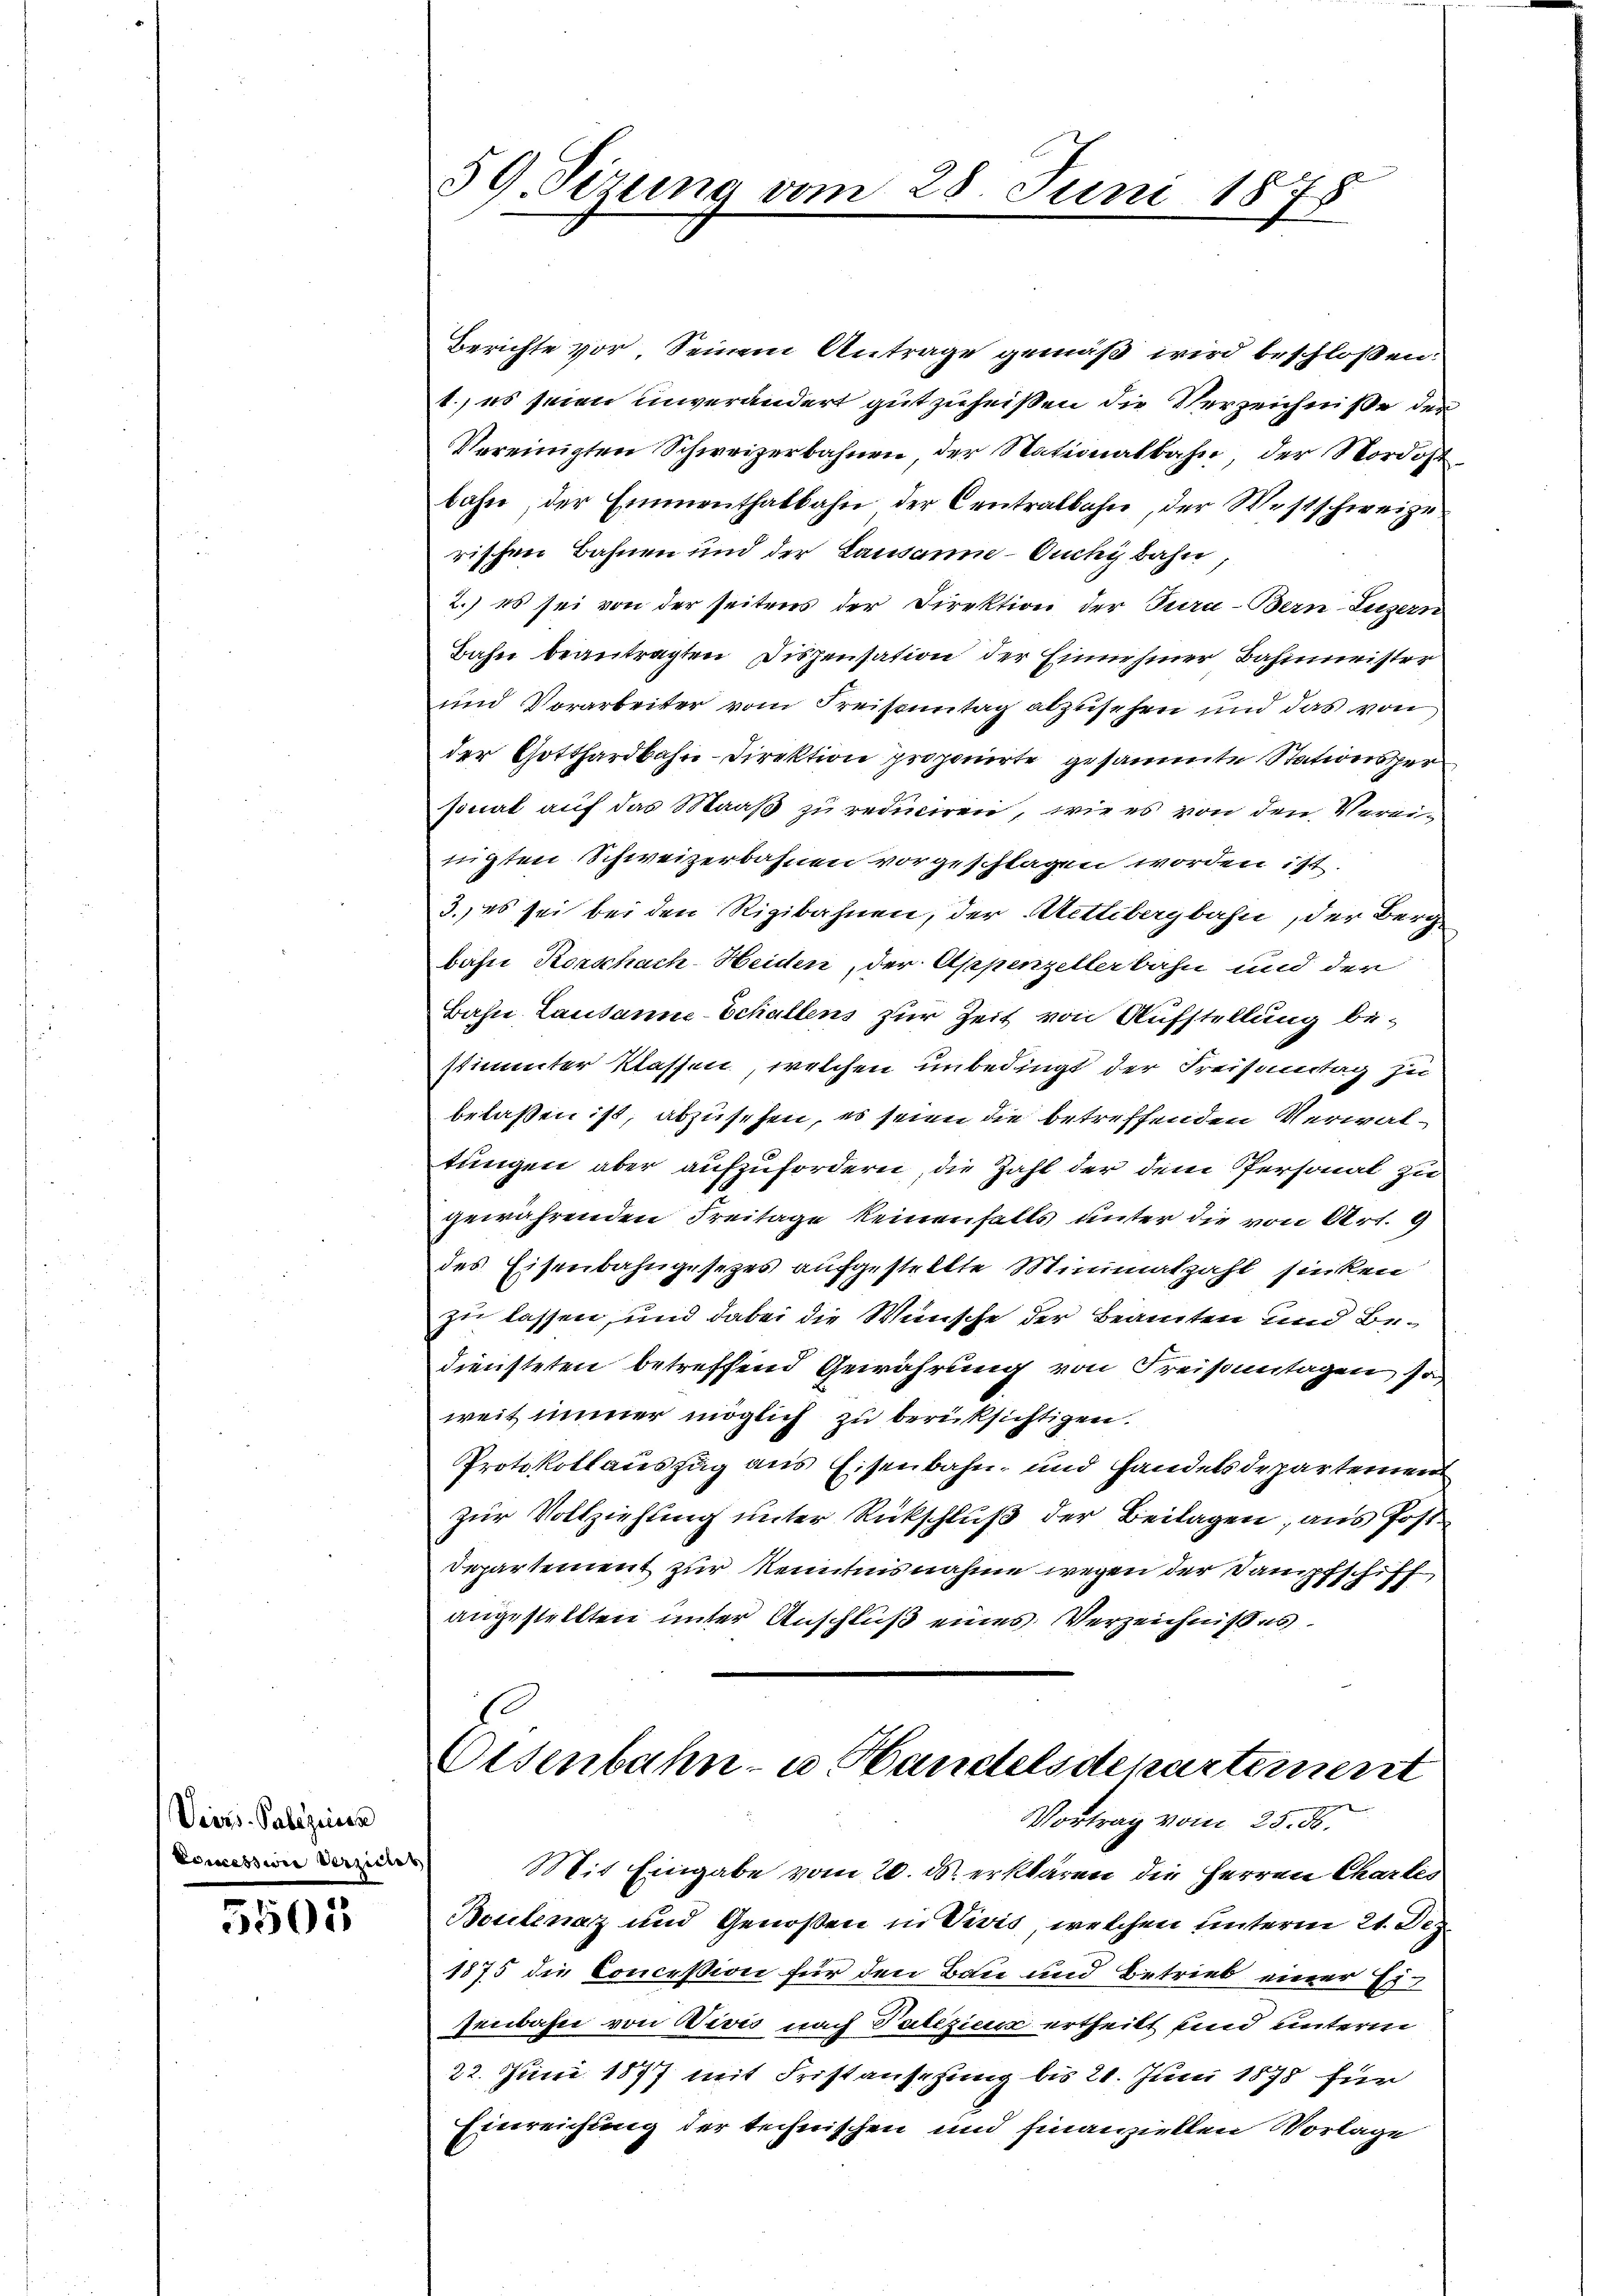
Viers-Palezisier
Concessine Verziehe

5505

Berichte vor. Seinem Antrage gemäß wird beschloßen:
1., es seien unverändert gutzuheißen die Verzeichniße der
Vereinigten Schweizerbahnen, der Nationalbahn, der Nordost
bahn, der Emmenthalbahn der Centralbahn, der Westschweize
rischen Bahnen und der Lausanne - Ouchy bahn
2.) es sei von der seitens der Direktion der Jura-Bern Luzern
Bahn beantragten Dispensation der Einnehmer Bahnmeister
und Vorarbeiter vom Kreistuntag abzusehen und das von
der Gotthardbahn-Direktion proponirte gesammte Stationsper
sonat auf das Maaß zu reduciren, wie es von den Vereifügten Schweizerbahnen vorgeschlagen worden ist.
3. es sei bei den Rigibahnen, der Aetlibergbahn, der Berg
bahn Rorschach-Heiden, der Appenzellerbahn und der
Bahn Lausanne-Schallens zur Zeit von Aufstellung be-
stimmter Klassen, welchen unbedingt der Freisamtag zu
belaßen ist, abzusehen, es seien die betreffenden Verwaltungen aber aufzufordern, die Zahl der dem Personal zu
gewährenden Freitage keinenfalls unter die von Art. 9
des Eisenbahngesetzes aufgestellte Minimalzahl sinken
zu lassen, und dabei die Weinsche der Beamten und Bediensteten betreffend Gewährung von Freisantagen so
weit immer möglich zu berücksichtigen.
Protokollaieszug aus Eisenbahn- und Handelsdepartemen
zur Vollziehung unter Rückschluß der Beilagen, aus Post
Departement zur Kenntnis nahme wegen der Dampfschiff
angestellten unter Anschluß eines Verzeichnisses.
d

59 Sizung vo

278

28. Juni 1875

Eisenbahn- u. Handelsdepartement
Vortrag vom 25. ds.
Mit Eingabe vom 20. d. erklären die Herren Chartes

Beutenaz und Genoßen in Vivis, welchen unterm 21. Dez.
1875 die Conceßion für den Bau und Betrieb einer Ei
Jenbahn von Divis nach Patizier ertheilt und unterm
22. Juni 1877 mit Fristansehung bis 21. Juni 1878 für
Einreichung der technischen und finanziellen Vorlage